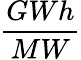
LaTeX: \frac{GWh}{MW}